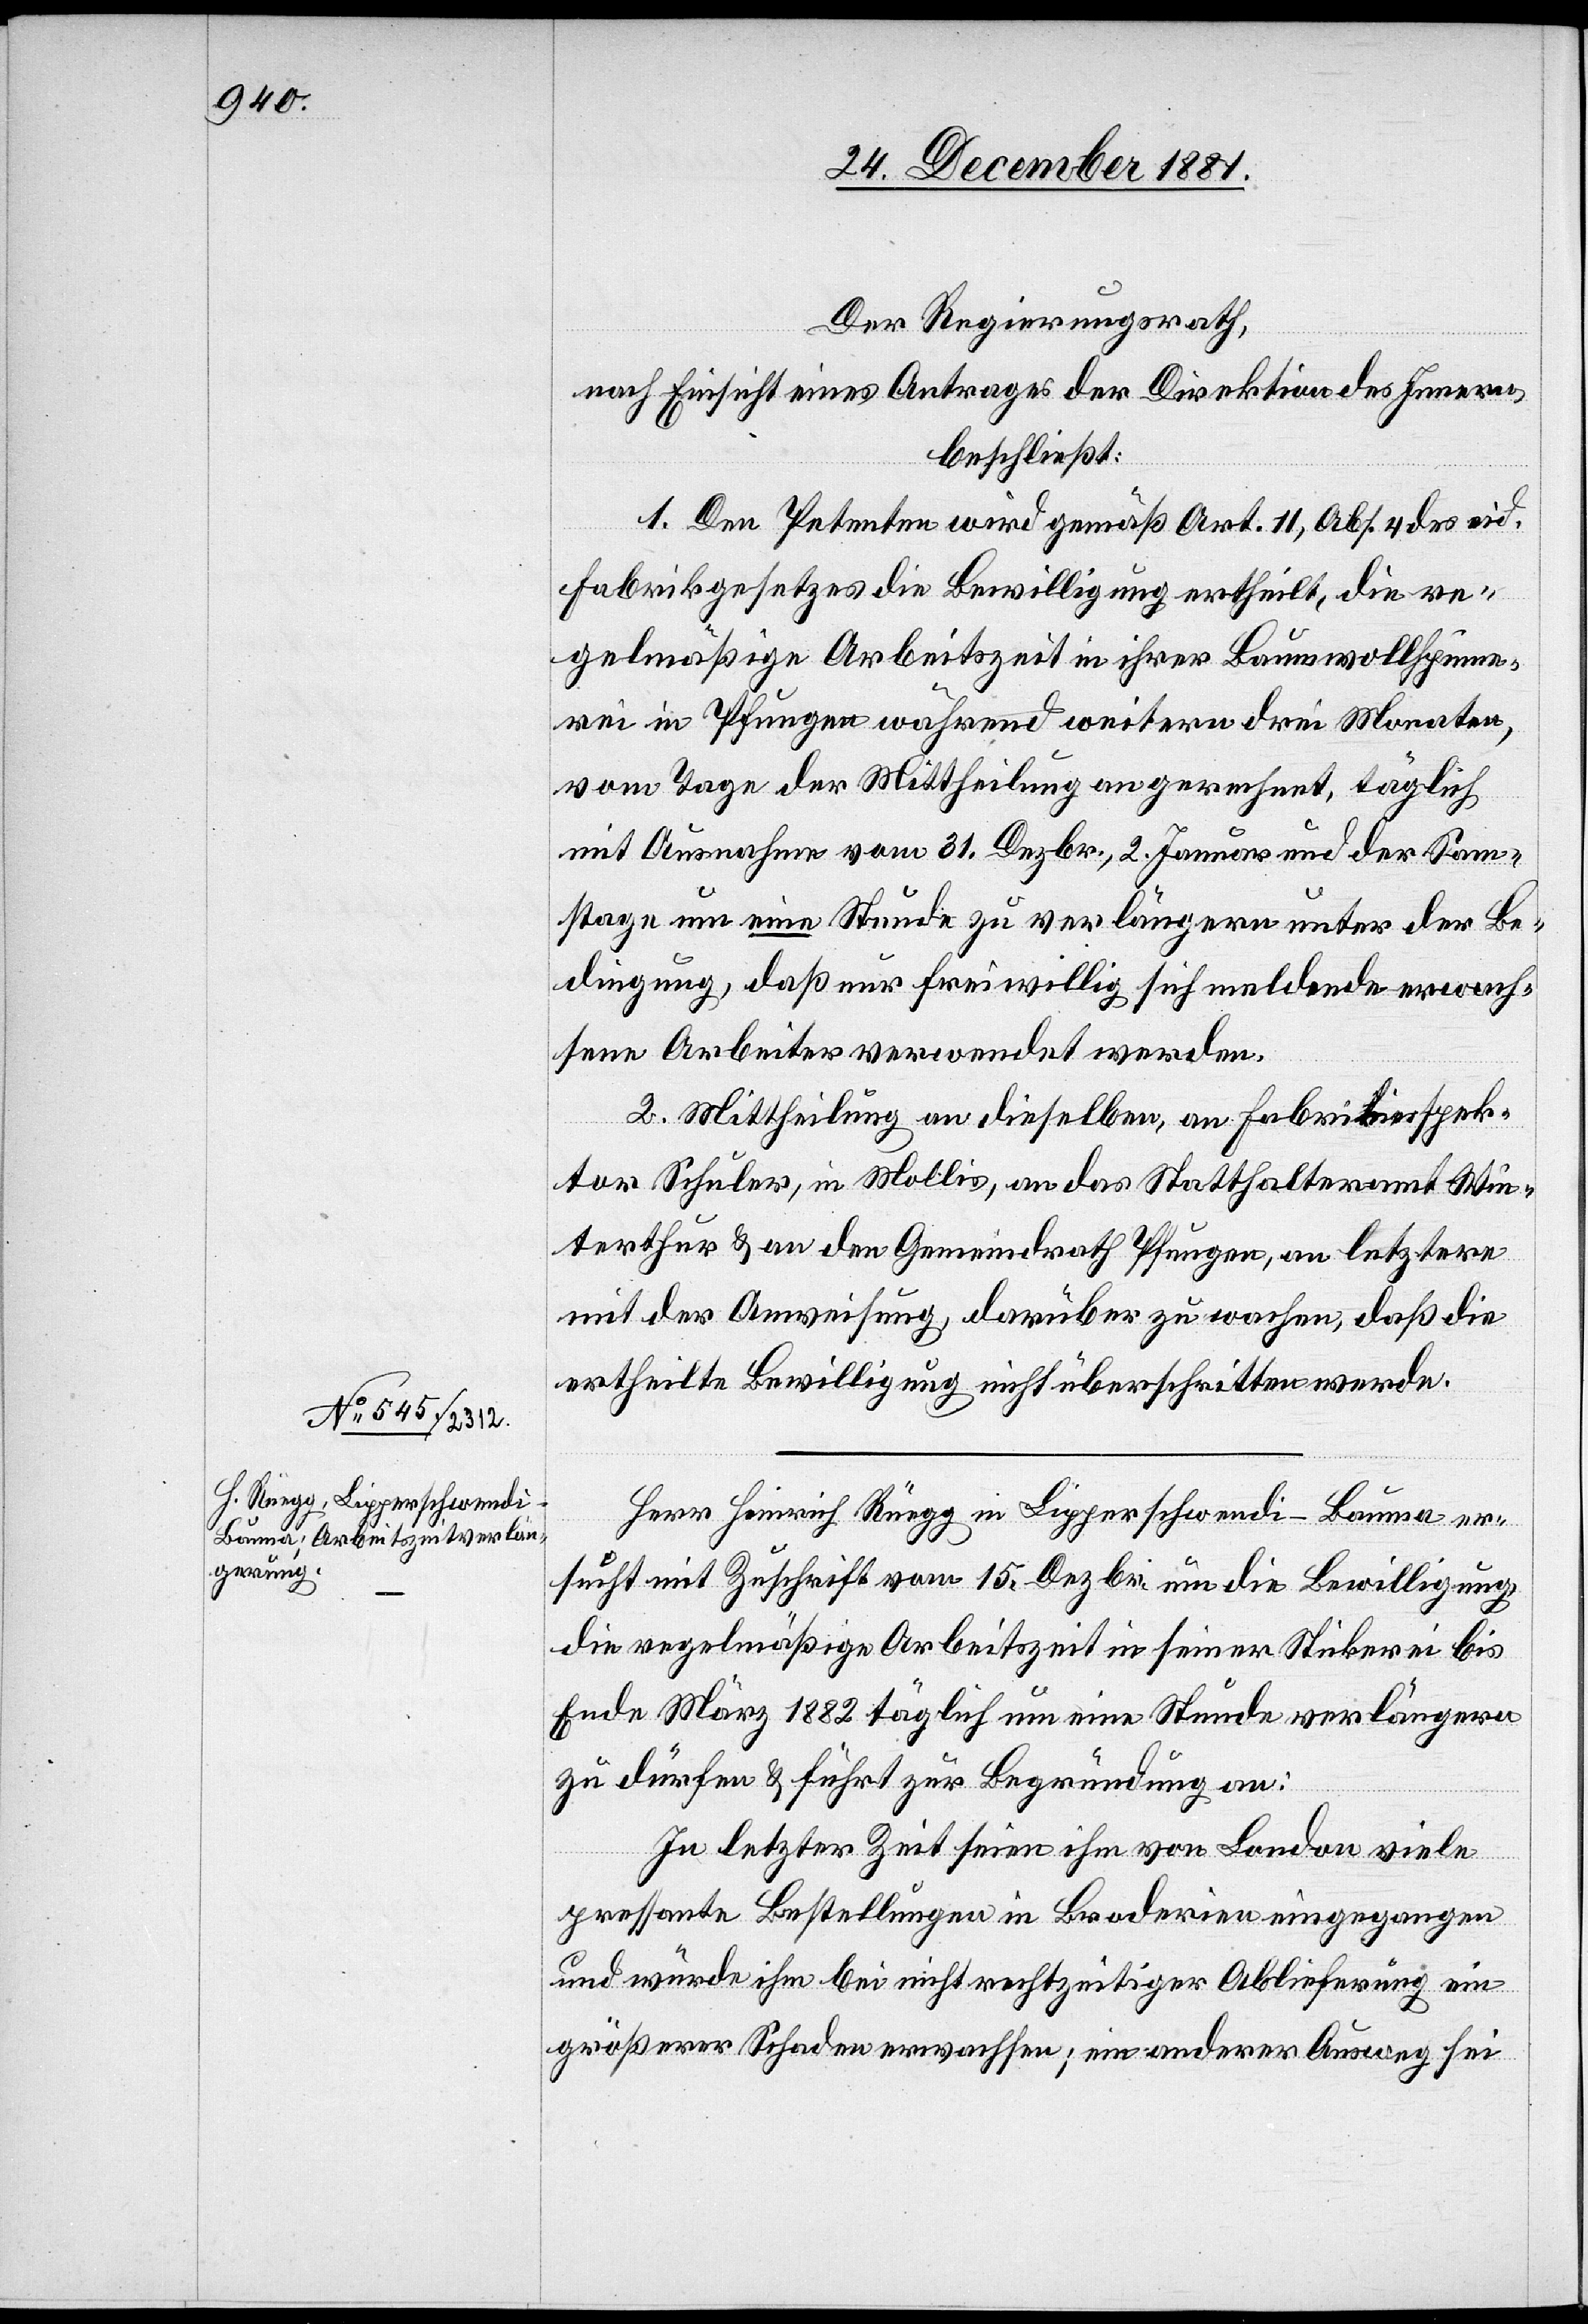
Der Regierungsrath,
nach Einsicht eines Antrages der Direktion des Innern,
beschließt:
1. Den Petenten wird gemäß Art. 11, Abs. 4 des eid.
Fabrikgesetzes die Bewilligung ertheilt, die re¬
gelmäßige Arbeitszeit in ihrer Baumwollspinne¬
rei in Pfungen während weiterer drei Monate,
vom Tage der Mittheilung an gerechnet, täglich
mit Ausnahme vom 31. Dezbr. , 2. Januar und der Sam¬
stage um eine Stunde zu verlängern unter der Be¬
dingung, daß nur freiwillig sich meldende erwach¬
sene Arbeiter verwendet werden.
2. Mittheilung an dieselben, an Fabrikinspek¬
tor Schuler, in Mollis, an das Statthalteramt Win¬
terthur & an den Gemeindrath Pfungen, an letztere
mit der Anweisung, darüber zu wachen, daß die
ertheilte Bewilligung nicht überschritten werde.
Herr Heinrich Rüegg in Lipperschwendi - Bauma er¬
sucht mit Zuschrift vom 15. Dezbr. um die Bewilligung,
die regelmäßige Arbeitszeit in seiner Stickerei bis
Ende März 1882 täglich um eine Stunde verlängern
zu dürfen & führt zur Begründung an:
In letzter Zeit seien ihm von London viele
pressante Bestellungen in Broderine eingegangen
und würde ihm bei nicht rechtzeitiger Ablieferung ein
größerer Schaden erwachsen; ein anderer Ausweg sei